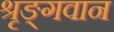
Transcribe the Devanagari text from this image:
श्रृङ्गवान